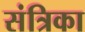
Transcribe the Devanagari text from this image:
संत्रिका